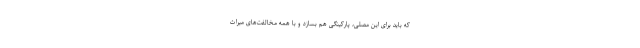
که باید برای این مصلی، پارکینگی هم بسازد و با همه مخالفت‌های میراث